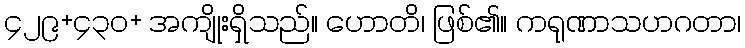
၄၂၉+၄၃၀+ အကျိုးရှိသည်။ ဟောတိ၊ ဖြစ်၏။ ကရုဏာသဟဂတာ၊